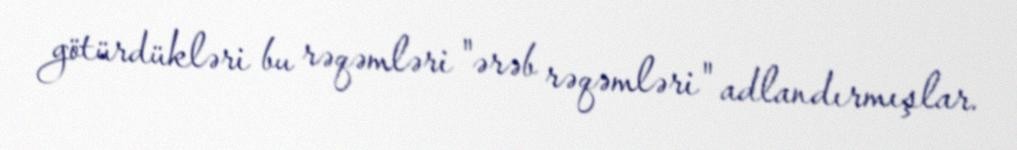
götürdükləri bu rəqəmləri "ərəb rəqəmləri" adlandırmışlar.